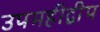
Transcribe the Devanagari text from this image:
उपमहीद्वीप